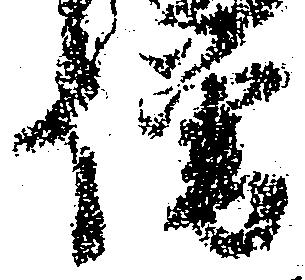
僧